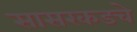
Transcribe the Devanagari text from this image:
सासरकडचे